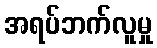
အရပ်ဘက်လူမှု